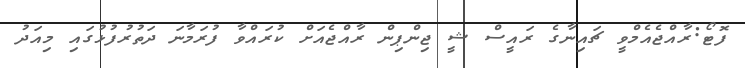
ފޮޓޯ:ރާއްޖެއެމްވީ ޗައިނާގެ ރައީސް ޝީ ޖިންޕިން ރާއްޖެއަށް ކުރައްވާ ފުރަމާނަ ދަތުރުފުޅުގައި މިއަދު